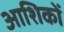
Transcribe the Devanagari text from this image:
आशिकों